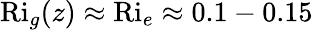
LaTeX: \mathrm{Ri}_{g}(z)\approx\mathrm{Ri}_{e}\approx 0.1-0.15